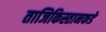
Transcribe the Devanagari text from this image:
ताजिकिस्तानकडे